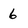
Character: 6